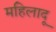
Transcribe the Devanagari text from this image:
महिलादू